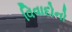
વિવાદોનો